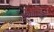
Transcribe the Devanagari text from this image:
यूरेनाइट